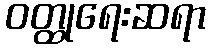
ဝတ္ထုရေးဆရာ